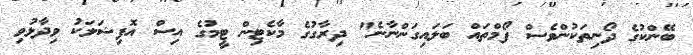
ބޭންކުގެ ދޯނިތަކުންވެސް ފޯމްތައް ބަލައިގަންނާނެ" ދިރާގުގެ މާކެޓިން ޓީމުގެ އިސް އޮފިޝަލަކު ވިދާޅުވި